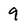
Character: 9